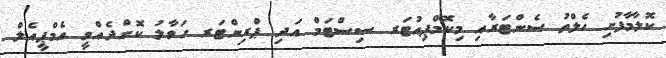
ކޮލާމާފުށި ހެލްތު ސެންޓަރާއި މިކޮމްޕިއުޓަރ ސިސްޓަމް އަދި ޕްރިންޓަރ ހަވާލު ކޮށްދެއްވީ އެމްޕީއެލް